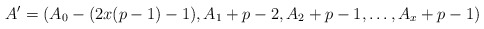
\begin{align*}A' = (A_0 - (2x(p-1)-1), A_1 + p-2, A_2 + p-1,\ldots, A_x + p-1)\end{align*}